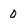
Character: 0